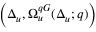
\left( \Delta _ { u } , \Omega _ { u } ^ { q G } ( \Delta _ { u } ; q ) \right)